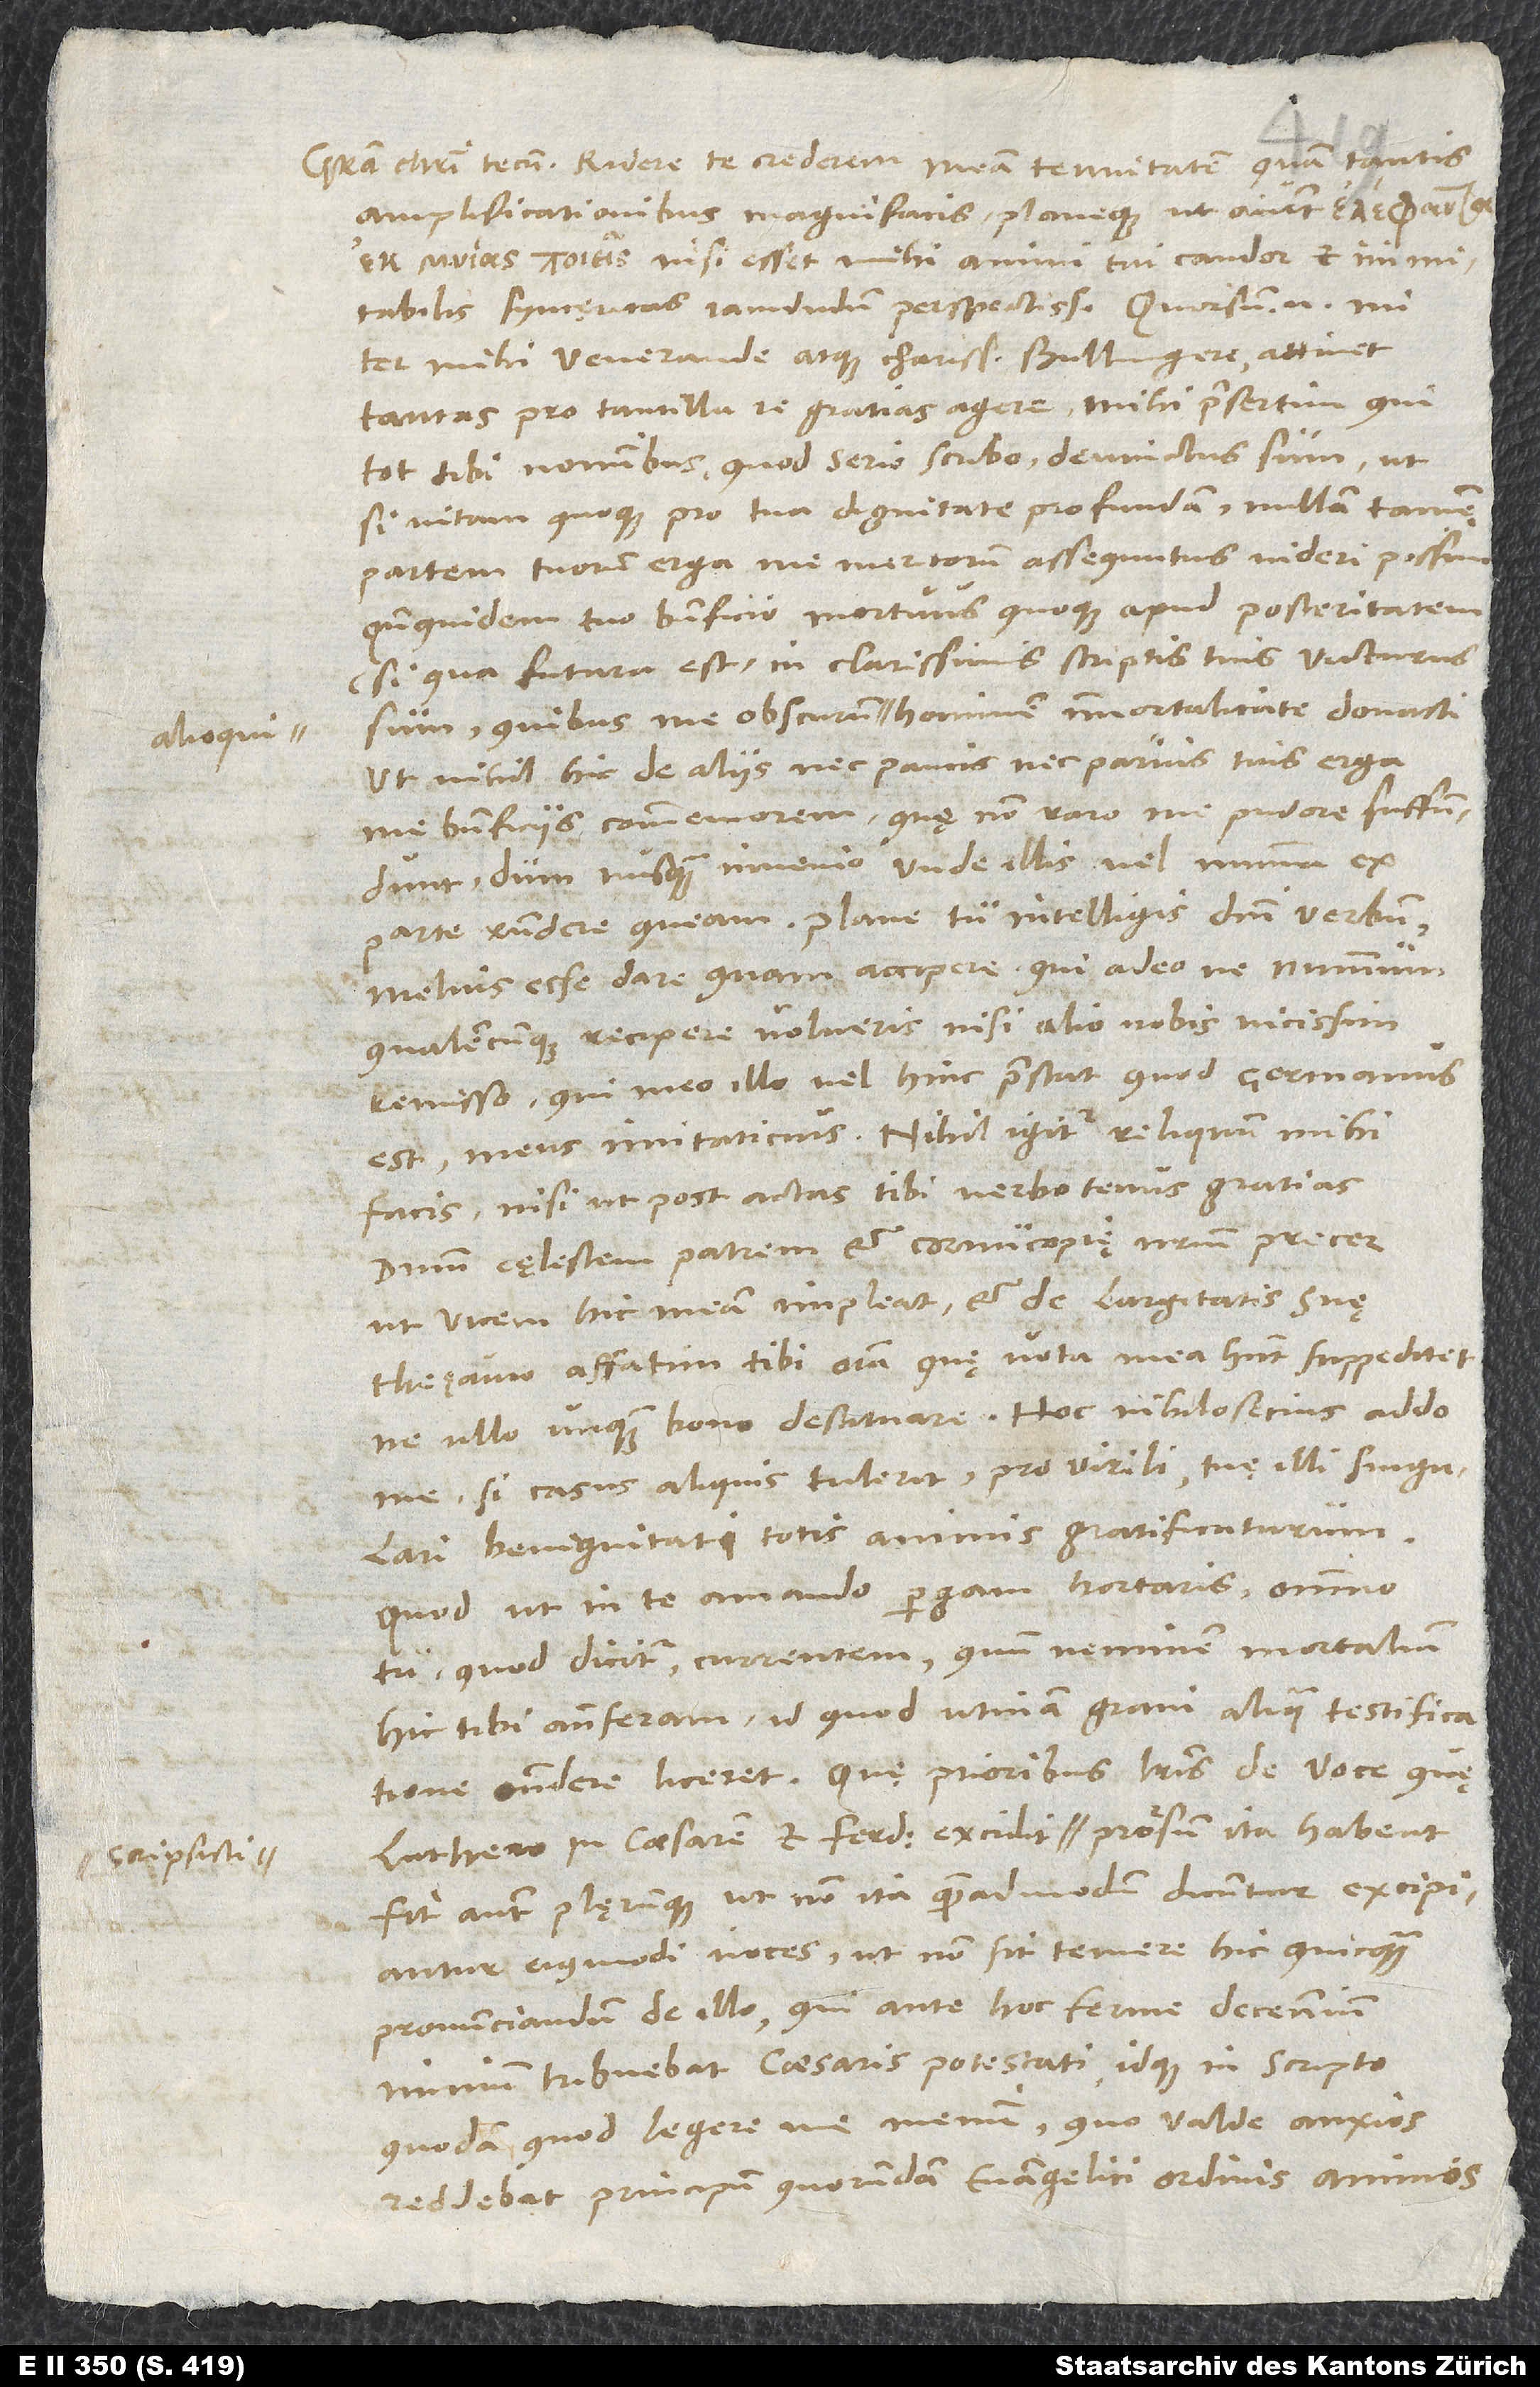
amplificationibus magnifacis planeque, ut aiunt,
, nisi esset mihi animi tui candor et inimitabilis
syncęritas iamdudum perspectissima. Quorsum enim, mi
mihi venerande atque charissime Bullingere, attinet
tantas pro tantilla re gratias agere, mihi praesertim, qui
tot tibi nominibus, quod serio scribo, devinctus sum, ut,
si vitam quoque pro tua dignitate profundam, nullam tamen
partem tuorum erga me meritorum assequutus videri possim,
quandoquidem tuo beneficio mortuus quoque apud posteritatem
(si qua futura est) in clarissimis scriptis tuis victurus
sum, quibus me obscurum alioqui hominem immortalitate donasti,
ut nihil hic de aliis nec paucis nec parvis tuis erga
me beneficiis commemorem, quę non raro me pudore suffundunt,
dum nusquam invenio, unde illis vel minima ex
parte respondere queam. Plane tu intelligis domini verbum
melius esse dare quam accipere, qui adeo ne nummum
qualemcunque recipere volueris nisi alio nobis vicissim
remisso, qui meo illo vel hinc praestat, quod germanus
est, meus imitativus. Nihil igitur reliquum mihi
facis, nisi ut post actas tibi verbotenus gratias
dominum cęlestem patrem et cornucopię nostrum precer,
ut vicem hic meam impleat et de largitatis suę
thezauro affatim tibi omnia, quę vota mea habent, suppeditet,
ne ullo unquam bono destituare. Hoc nihilosecius addo
me, si casus aliquis tulerit, pro virili tuę illi singulari
benignitati totis animis gratificaturum.
Quod, ut in te amando pergam, hortaris, omnino
tu, quod dicitur, currentem, quum neminem mortalium
hic tibi anteferam, id, quod utinam gravi aliqua testificatione
Luthero in caesarem et Ferdinandum excidit, scripsisti, prorsum ita habent;
fit autem plerumque, ut non ita, quemadmodum dicuntur, excipiantur
eiusmodi voces, ut non sit temere hic quicquam
pronunciandum de illo, qui ante hoc ferme decennium
nimium tribuebat caesaris potestati idque in scripto
quodam, quod legere me memini, quo valde anxios
reddebat principum quorundam evangelici ordinis animos.